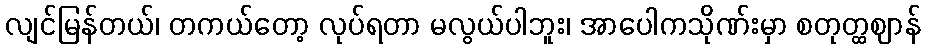
လျင်မြန်တယ်၊ တကယ်တော့ လုပ်ရတာ မလွယ်ပါဘူး၊ အာပေါကသိုဏ်းမှာ စတုတ္ထဈာန်